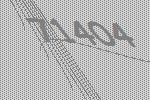
71404